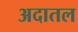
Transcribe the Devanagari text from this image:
अदातल